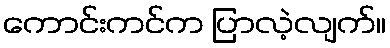
ကောင်းကင်က ပြာလဲ့လျက်။